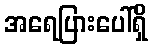
အရေပြားပေါ်ရှိ